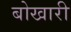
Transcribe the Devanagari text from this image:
बोखारी